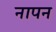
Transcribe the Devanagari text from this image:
नापन